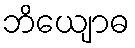
ဘိယျောဓ